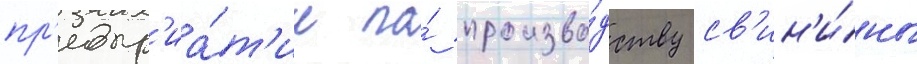
пр'едпр'иа́т'ие по́ произво́дству св'ин'и́ны